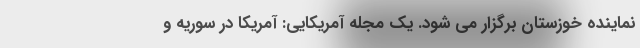
نماینده خوزستان برگزار می شود. یک مجله آمریکایی: آمریکا در سوریه و